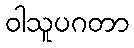
ဝါသူပဂတာ